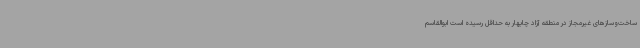
ساخت‌وسازهای غیرمجاز در منطقه آزاد چابهار به حداقل رسیده است ابوالقاسم